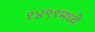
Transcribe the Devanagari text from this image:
१४९९मध्ये